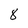
Character: 8